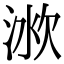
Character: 𣶛